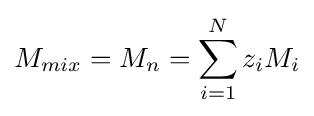
M_{mix}=M_{n}=\sum _{i=1}^{N}z_{i}M_{i}